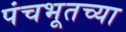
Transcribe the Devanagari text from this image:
पंचभूतच्या